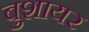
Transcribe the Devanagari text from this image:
बुशायर